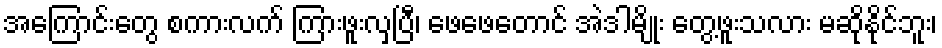
အကြောင်းတွေ စကားလက် ကြားဖူးလှပြီ၊ ဖေဖေတောင် အဲဒါမျိုး တွေ့ဖူးသလား မဆိုနိုင်ဘူး၊